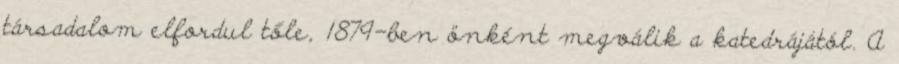
társadalom elfordul tőle, 1879-ben önként megválik a katedrájától. A